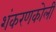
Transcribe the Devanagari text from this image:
शंकरणकोली